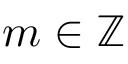
m \in \mathbb { Z }